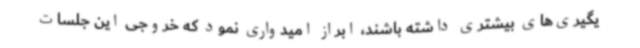
یگیری‌های بیشتری داشته باشند، ابراز امیدواری نمود که خروجی این جلسات